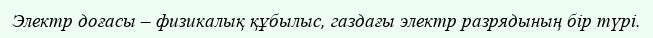
Электр доғасы – физикалық құбылыс, газдағы электр разрядының бір түрі.